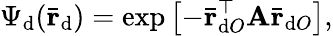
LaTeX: \Psi_{\mathrm{d}}(\bar{{\textbf{{r}}}}_{\mathrm{d}})=\exp\left[-\bar{{\textbf{{r}}}}_{\mathrm{d}O}^{\top}\textbf{{A}}\bar{{\textbf{{r}}}}_{\mathrm{d}O}\right],